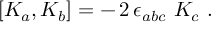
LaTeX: [ K _ { a } , K _ { b } ] = - \, 2 \, \epsilon _ { a b c } \ K _ { c } \ .